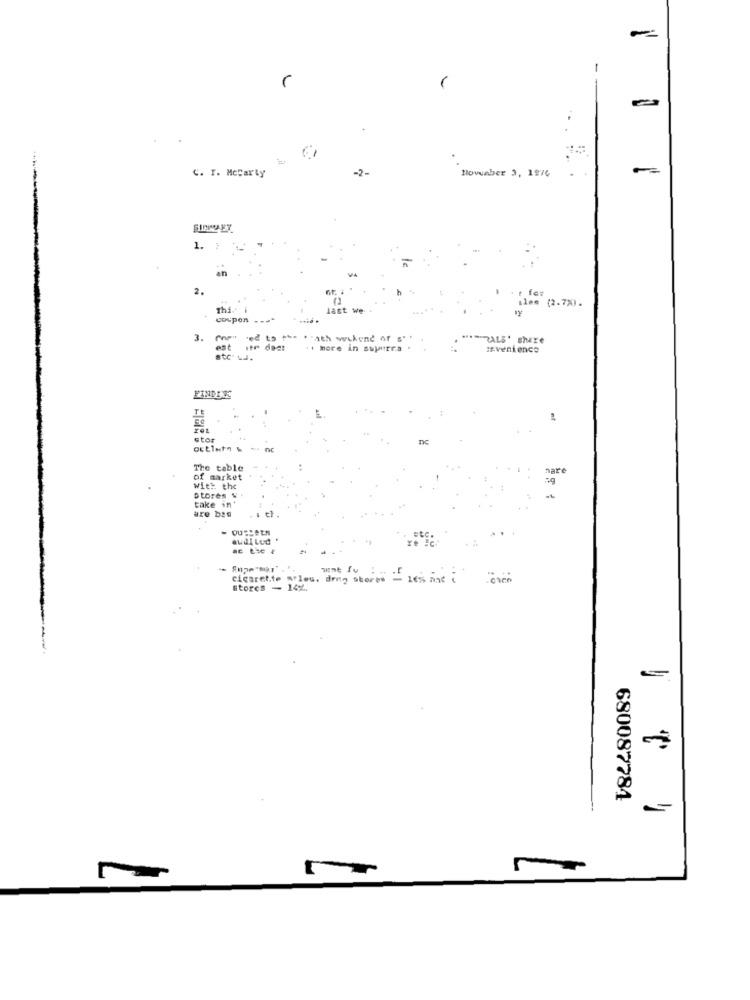
C. I. Mccarty
-2-
Hovuaber 3, 1976
-
SIPRO ET
1. :
2.
.I fe:
last we
:1mm (2.7%).
coupon --= "
3.
" "ath weekend or
RALS' shere
est
.. more in supourra .
:Eventence
FINDING
nt
stor
nc
The table
nare
of market
with the
DEOren W
take in'
are bes
I th.
audi Lud
ac the &
Cigarette Srleu, drug stores = 16% mine i
Etores - 14%.
680087784